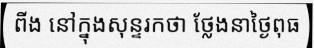
ពីង នៅក្នុងសុន្ទរកថា ថ្លែងនាថ្ងៃពុធ